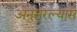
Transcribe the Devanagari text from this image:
अनुसरल्यास